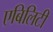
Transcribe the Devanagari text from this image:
एबिलिटी